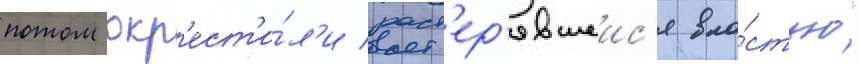
потом окр'ест'и́л'и раст'ер'явшеис'я вла́стью"